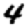
Digit: 4